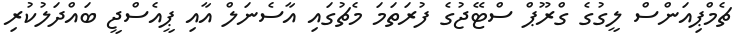
ޗެމްޕިއަންސް ލީގުގެ ގްރޫޕް ސްޓޭޖުގެ ފުރަތަމަ މެޗުގައި އާސެނަލް އާއި ޕީއެސްޖީ ބައްދަލުކުރި